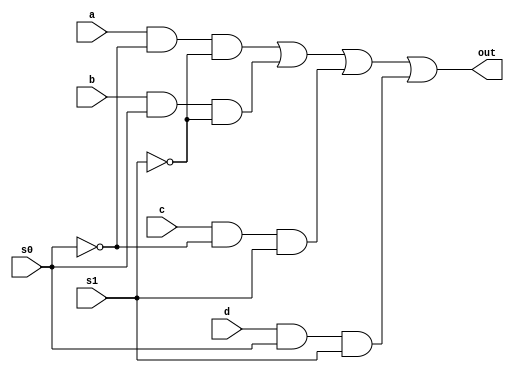
//_________________________________________ Dataflow modeling
  module mux4_1 (a,b,c,d,s0,s1,out);
	input a,b,c,d;
	input s0,s1;
	output out;
	wire s0bar, s1bar, wa, wb, wc, wd; 
	
	assign s0bar = ~s0;
	assign s1bar = ~s1;
	
	assign wa = a & s0bar & s1bar;
	assign wb = b & s0 & s1bar;
	assign wc = c & s0bar & s1;
	assign wd = d & s0 & s1; 
		
	assign out = wa | wb | wc | wd;

endmodule	 

/*
//_________________________________________ Gate-level modeling
module mux4_1 (a,b,c,d,s0,s1,out);
	input a,b,c,d;
	input s0,s1;
	output out;
	wire s0bar, s1bar, wa, wb, wc, wd; 
	
	not na (s0bar,s0),
	    nb (s1bar,s1);
	
	and anda (wa,a,s0bar,s1bar),
	    andb (wb,b,s0,s1bar),
	    andc (wc,c,s0bar,s1),
	    andd (wd,d,s0,s1);  
		
	or or_out (out,wa,wb,wc,wd);

endmodule


//____________________________________________Behavioral modeling
module mux4to1 (a,b,c,d,s,out);
	input a,b,c,d;
	input [1:0] s;
	output reg out;	 // remove reg for assihn statement
	always@ (a,b,c,d,s) // valuate block whenever there are changes in a,b,c,d,s
		begin 
			if (s==2'b00) out=a; //if-else form
			else if (s==2'b01) out=b;
			else if (s==2'b10) out=c;
			else if (s==2'b11) out=d; 
	   // another method- using case statement
		case(s)	 //equivalent case statement form
			2'b00: z1=a;
			2'b01: z1=b;
			2'b10: z1=c;
			2'b11: z1=d;
			default: z1=a;
		endcase	
		
		end
	 // another method
	//assign statement using the conditional operator
	 assign Z2 = (S == 2b00) ? a: //select A for S=00
                 (S == 2b01) ? b: //select B for S=01
                 (S == 2b10) ? c: //select C for S=10
                 (S == 2b11) ? d: //select D for S=11
                                x;  //otherwise default to x

endmodule	

*/